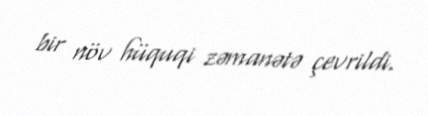
bir növ hüquqi zəmanətə çevrildi.